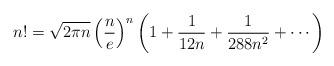
LaTeX: \begin{align*}n!=\sqrt{2\pi n} \left(\dfrac{n}{e}\right)^n \left(1 +\dfrac{1}{12n}+\frac{1}{288n^{2}} + \cdots \right)\end{align*}